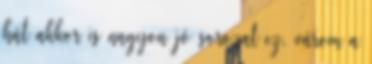
hát akkor is nagyon jó sorozat ez, várom a